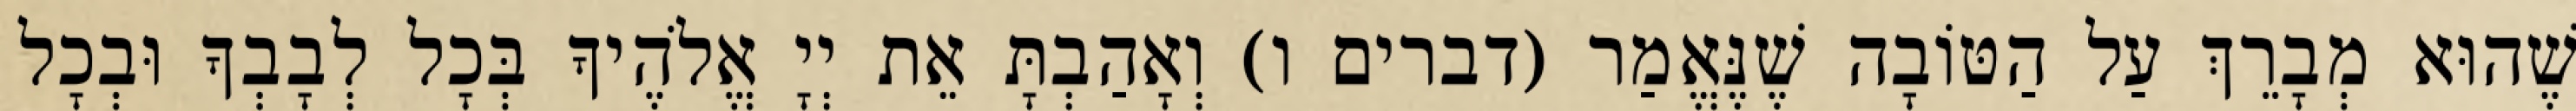
שֶׁהוּא מְבָרֵךְ עַל הַטּוֹבָה שֶׁנֶּאֱמַר (דברים ו) וְאָהַבְתָּ אֵת יְיָ אֱלֹהֶיךָ בְּכָל לְבָבְךָ וּבְכָל